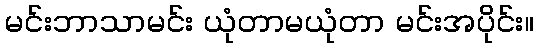
မင်းဘာသာမင်း ယုံတာမယုံတာ မင်းအပိုင်း။